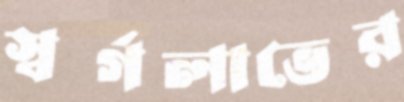
স্বর্গলাভের